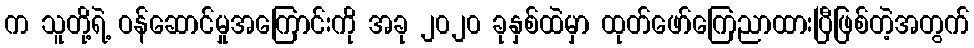
က သူတို့ရဲ့ ဝန်ဆောင်မှုအကြောင်းကို အခု ၂၀၂၀ ခုနှစ်ထဲမှာ ထုတ်ဖော်ကြေညာထားပြီဖြစ်တဲ့အတွက်